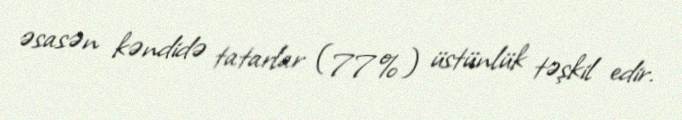
əsasən kəndidə tatarlar (77%) üstünlük təşkil edir.